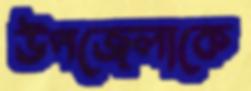
উপজেলাকে